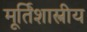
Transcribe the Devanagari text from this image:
मूर्तिशास्त्रीय